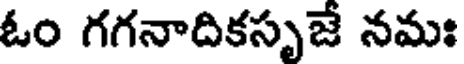
ఓం గగనాదికసృజే నమః